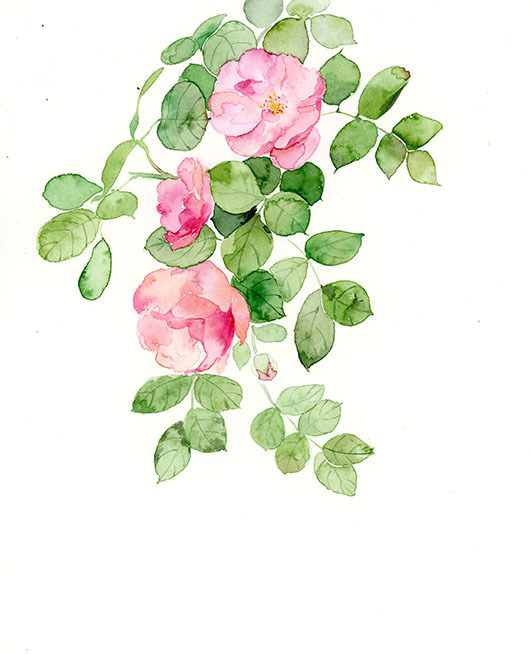
花不语，水空流。年年拚得为花愁。